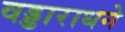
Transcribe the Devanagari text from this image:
वड्डाराधने